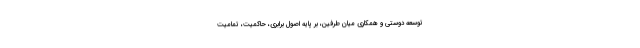
توسعه دوستی و همکاری میان طرفین، بر پایه اصول برابری، حاکمیت، تمامیت